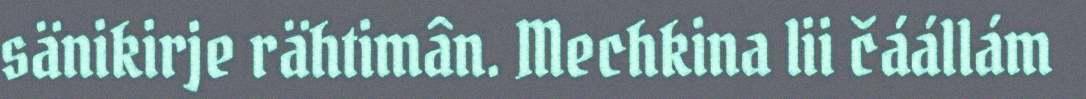
sänikirje rähtimân. Mechkina lii čáállám